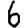
Digit: 6